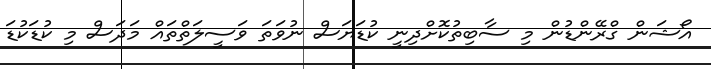
އޯޝަން ގްރޭންޑުން މި ސާބިތުކޮށްދިނީ ކުޑަޔަސް ނުވަތަ ވަސީލަތްތައް މަދަސް މި ކުޑަކުޑަ